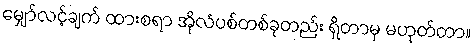
မျှော်လင့်ချက် ထားစရာ အိုလံပစ်တစ်ခုတည်း ရှိတာမှ မဟုတ်တာ။